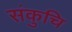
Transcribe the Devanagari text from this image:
संकुचि